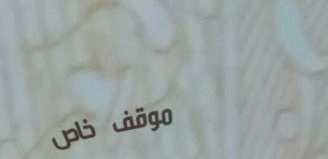
موقف خاص